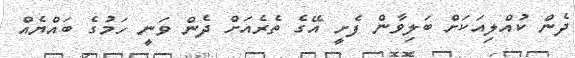
ދެން ކުއްލިއަކަށް ބަލިވާން ފެށީ އޭގެ ތެރެއަށް ދެން ވަނީ ހަމުގެ ބައްޔެއް